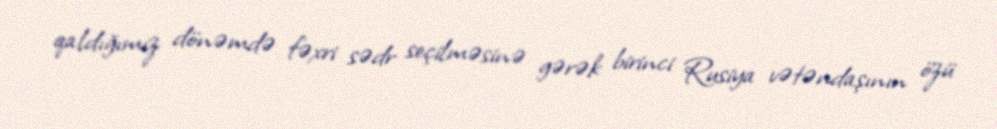
qaldığımız dönəmdə fəxri sədr seçilməsinə gərək birinci Rusiya vətəndaşının özü